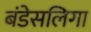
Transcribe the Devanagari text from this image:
बंडेसलिगा